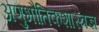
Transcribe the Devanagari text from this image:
अणुभौतिकशास्त्रज्ञ